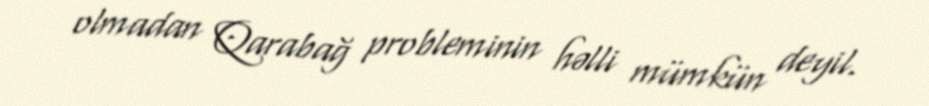
olmadan Qarabağ probleminin həlli mümkün deyil.